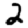
Digit: 2